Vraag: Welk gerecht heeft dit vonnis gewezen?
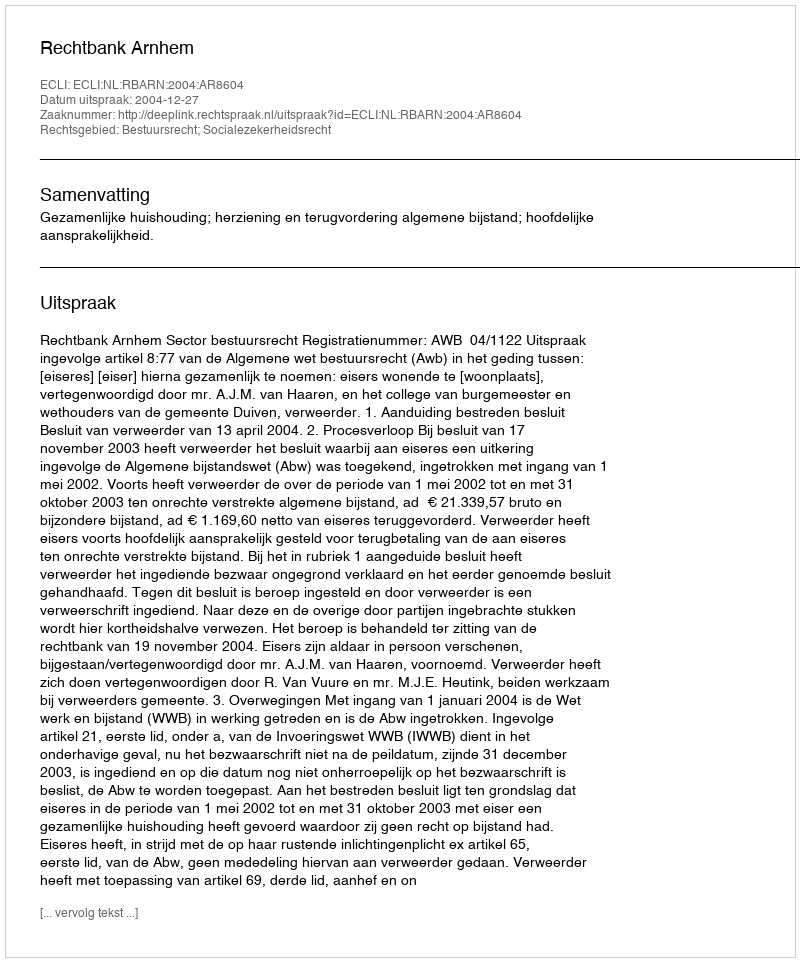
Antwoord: Rechtbank Arnhem